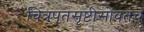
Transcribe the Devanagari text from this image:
चित्रपतसृष्टीसोबतच